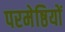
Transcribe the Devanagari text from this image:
परमेष्ठियों